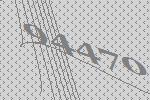
94470